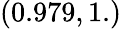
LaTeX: (0.979,1.)